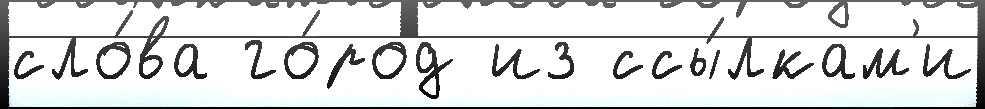
сло́ва го́род из ссы́лкам'и